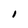
Character: I